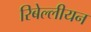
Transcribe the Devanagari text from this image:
रिबेल्लीयन